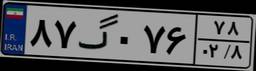
۰۲گ۶۴۴۸۴